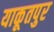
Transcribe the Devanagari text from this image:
याकूतपुर